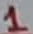
Text: 1